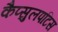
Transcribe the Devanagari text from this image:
कैप्सुलपटिस